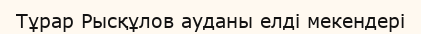
Тұрар Рысқұлов ауданы елді мекендері